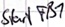
Text: Start FB1